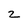
Character: 2